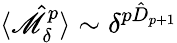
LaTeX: \langle\hat{\mathscr{M}}_{\delta}^{p}\rangle\sim\delta^{{p}\hat{D}_{{p}+1}}